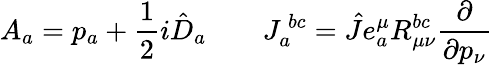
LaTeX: A_{a}=p_{a}+\frac{1}{2}i\hat{D}_{a}\qquad J_{a}^{~bc}=\hat{J}e_{a}^{\mu}R_{\mu\nu}^{bc}\frac{\partial}{\partial p_{\nu}}